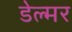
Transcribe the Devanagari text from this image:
डेल्मर